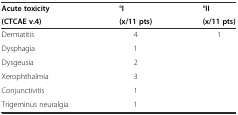
<table><thead><tr><td><b>Acute toxicity</b></td><td><b>°I</b></td><td><b>°II</b></td></tr><tr><td><b>(CTCAE v.4)</b></td><td><b>(x/11 pts)</b></td><td><b>(x/11 pts)</b></td></tr></thead><tbody><tr><td>Dermatitis</td><td>4</td><td>1</td></tr><tr><td>Dysphagia</td><td>1</td><td></td></tr><tr><td>Dysgeusia</td><td>2</td><td></td></tr><tr><td>Xerophthalmia</td><td>3</td><td></td></tr><tr><td>Conjunctivitis</td><td>1</td><td></td></tr><tr><td>Trigeminus neuralgia</td><td>1</td><td></td></tr></tbody></table>